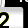
Digit: 2